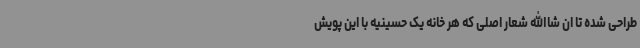
طراحی شده تا ان شاالله شعار اصلی که هر خانه یک حسینیه با این پویش